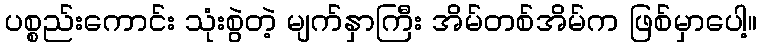
ပစ္စည်းကောင်း သုံးစွဲတဲ့ မျက်နှာကြီး အိမ်တစ်အိမ်က ဖြစ်မှာပေါ့။